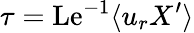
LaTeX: \tau=\mathrm{Le}^{-1}\langle u_{r}X^{\prime}\rangle